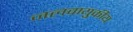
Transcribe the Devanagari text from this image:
जलवायुकीय